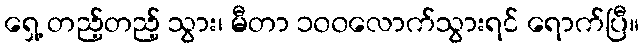
ရှေ့ တည့်တည့် သွား၊ မီတာ ၁၀၀လောက်သွားရင် ရောက်ပြီ။